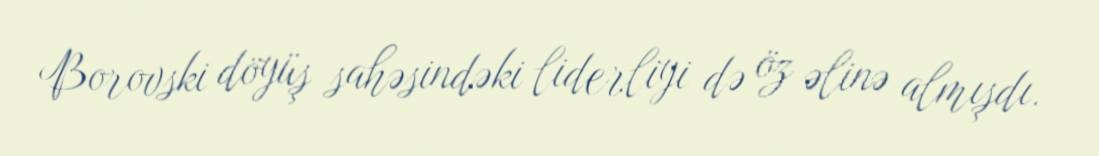
Borovski döyüş sahəsindəki liderliyi də öz əlinə almışdı.